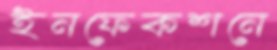
ইনফেকশনে